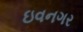
ઇવનગર